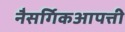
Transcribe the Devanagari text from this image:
नैसर्गिकआपत्ती